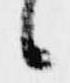
候